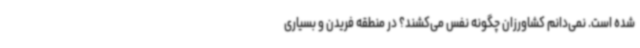
شده است. نمی‌دانم کشاورزان چگونه نفس می‌کشند؟ در منطقه فریدن و بسیاری